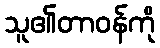
သူ၏တာဝန်ကို